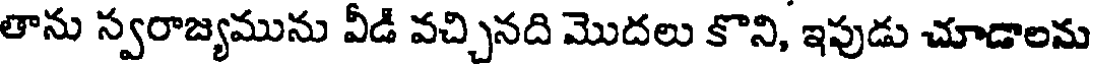
తాను స్వరాజ్యమును వీడి వచ్చినది మొదలు కొని, ఇపుడు చూడాలను